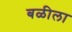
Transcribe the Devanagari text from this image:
बळीला